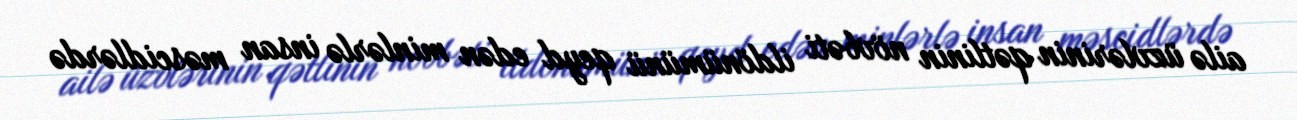
ailə üzvlərinin qətlinin növbəti ildönümünü qeyd edən minlərlə insan məscidlərdə